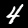
Label: 4